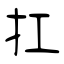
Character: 扛